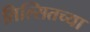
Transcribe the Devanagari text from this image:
तिल्सितच्या